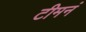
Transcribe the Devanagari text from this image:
टीमनं